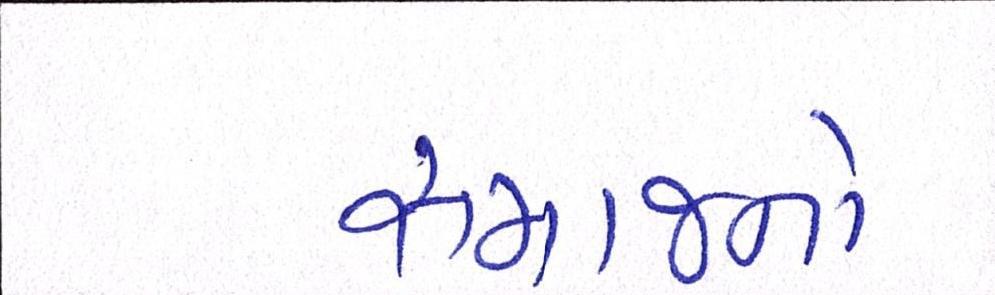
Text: સમાજનો